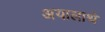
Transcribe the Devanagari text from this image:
अयालाथे